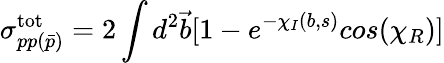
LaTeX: \sigma_{pp(\bar{p})}^{\mathrm{tot}}=2\int d^{2}{\vec{b}}[1-e^{-\chi_{I}(b,s)}cos(\chi_{R})]